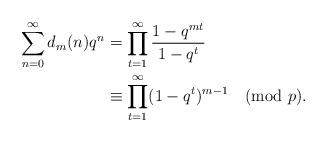
LaTeX: \begin{align*}\sum_{n=0}^\infty d_m(n)q^n &= \prod_{t=1}^\infty\frac{1-q^{mt}}{1-q^t}\\&\equiv\prod_{t=1}^{\infty}(1-q^t)^{m-1}\pmod{p}.\end{align*}